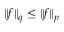
\| f \| _ { q } \leq \| f \| _ { p }